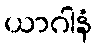
ယာဂါနံ